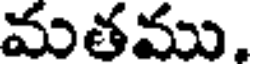
మతము.